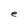
Character: e